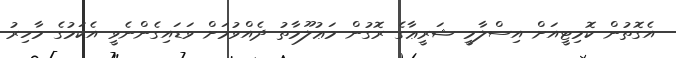
އެގޮތުން ކޮމިޓީއަށް އިސްލާމީ ޝަރީޢާގެ ރޮގުން މަޢުލޫމާތު ދެއްވުމަށް ވަޑައިގެންނެވީ އެކަމުގެ މާހިރު